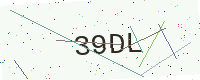
Text: 39DL